Vabadussoja_Ajaloo_Komitee, lk 4
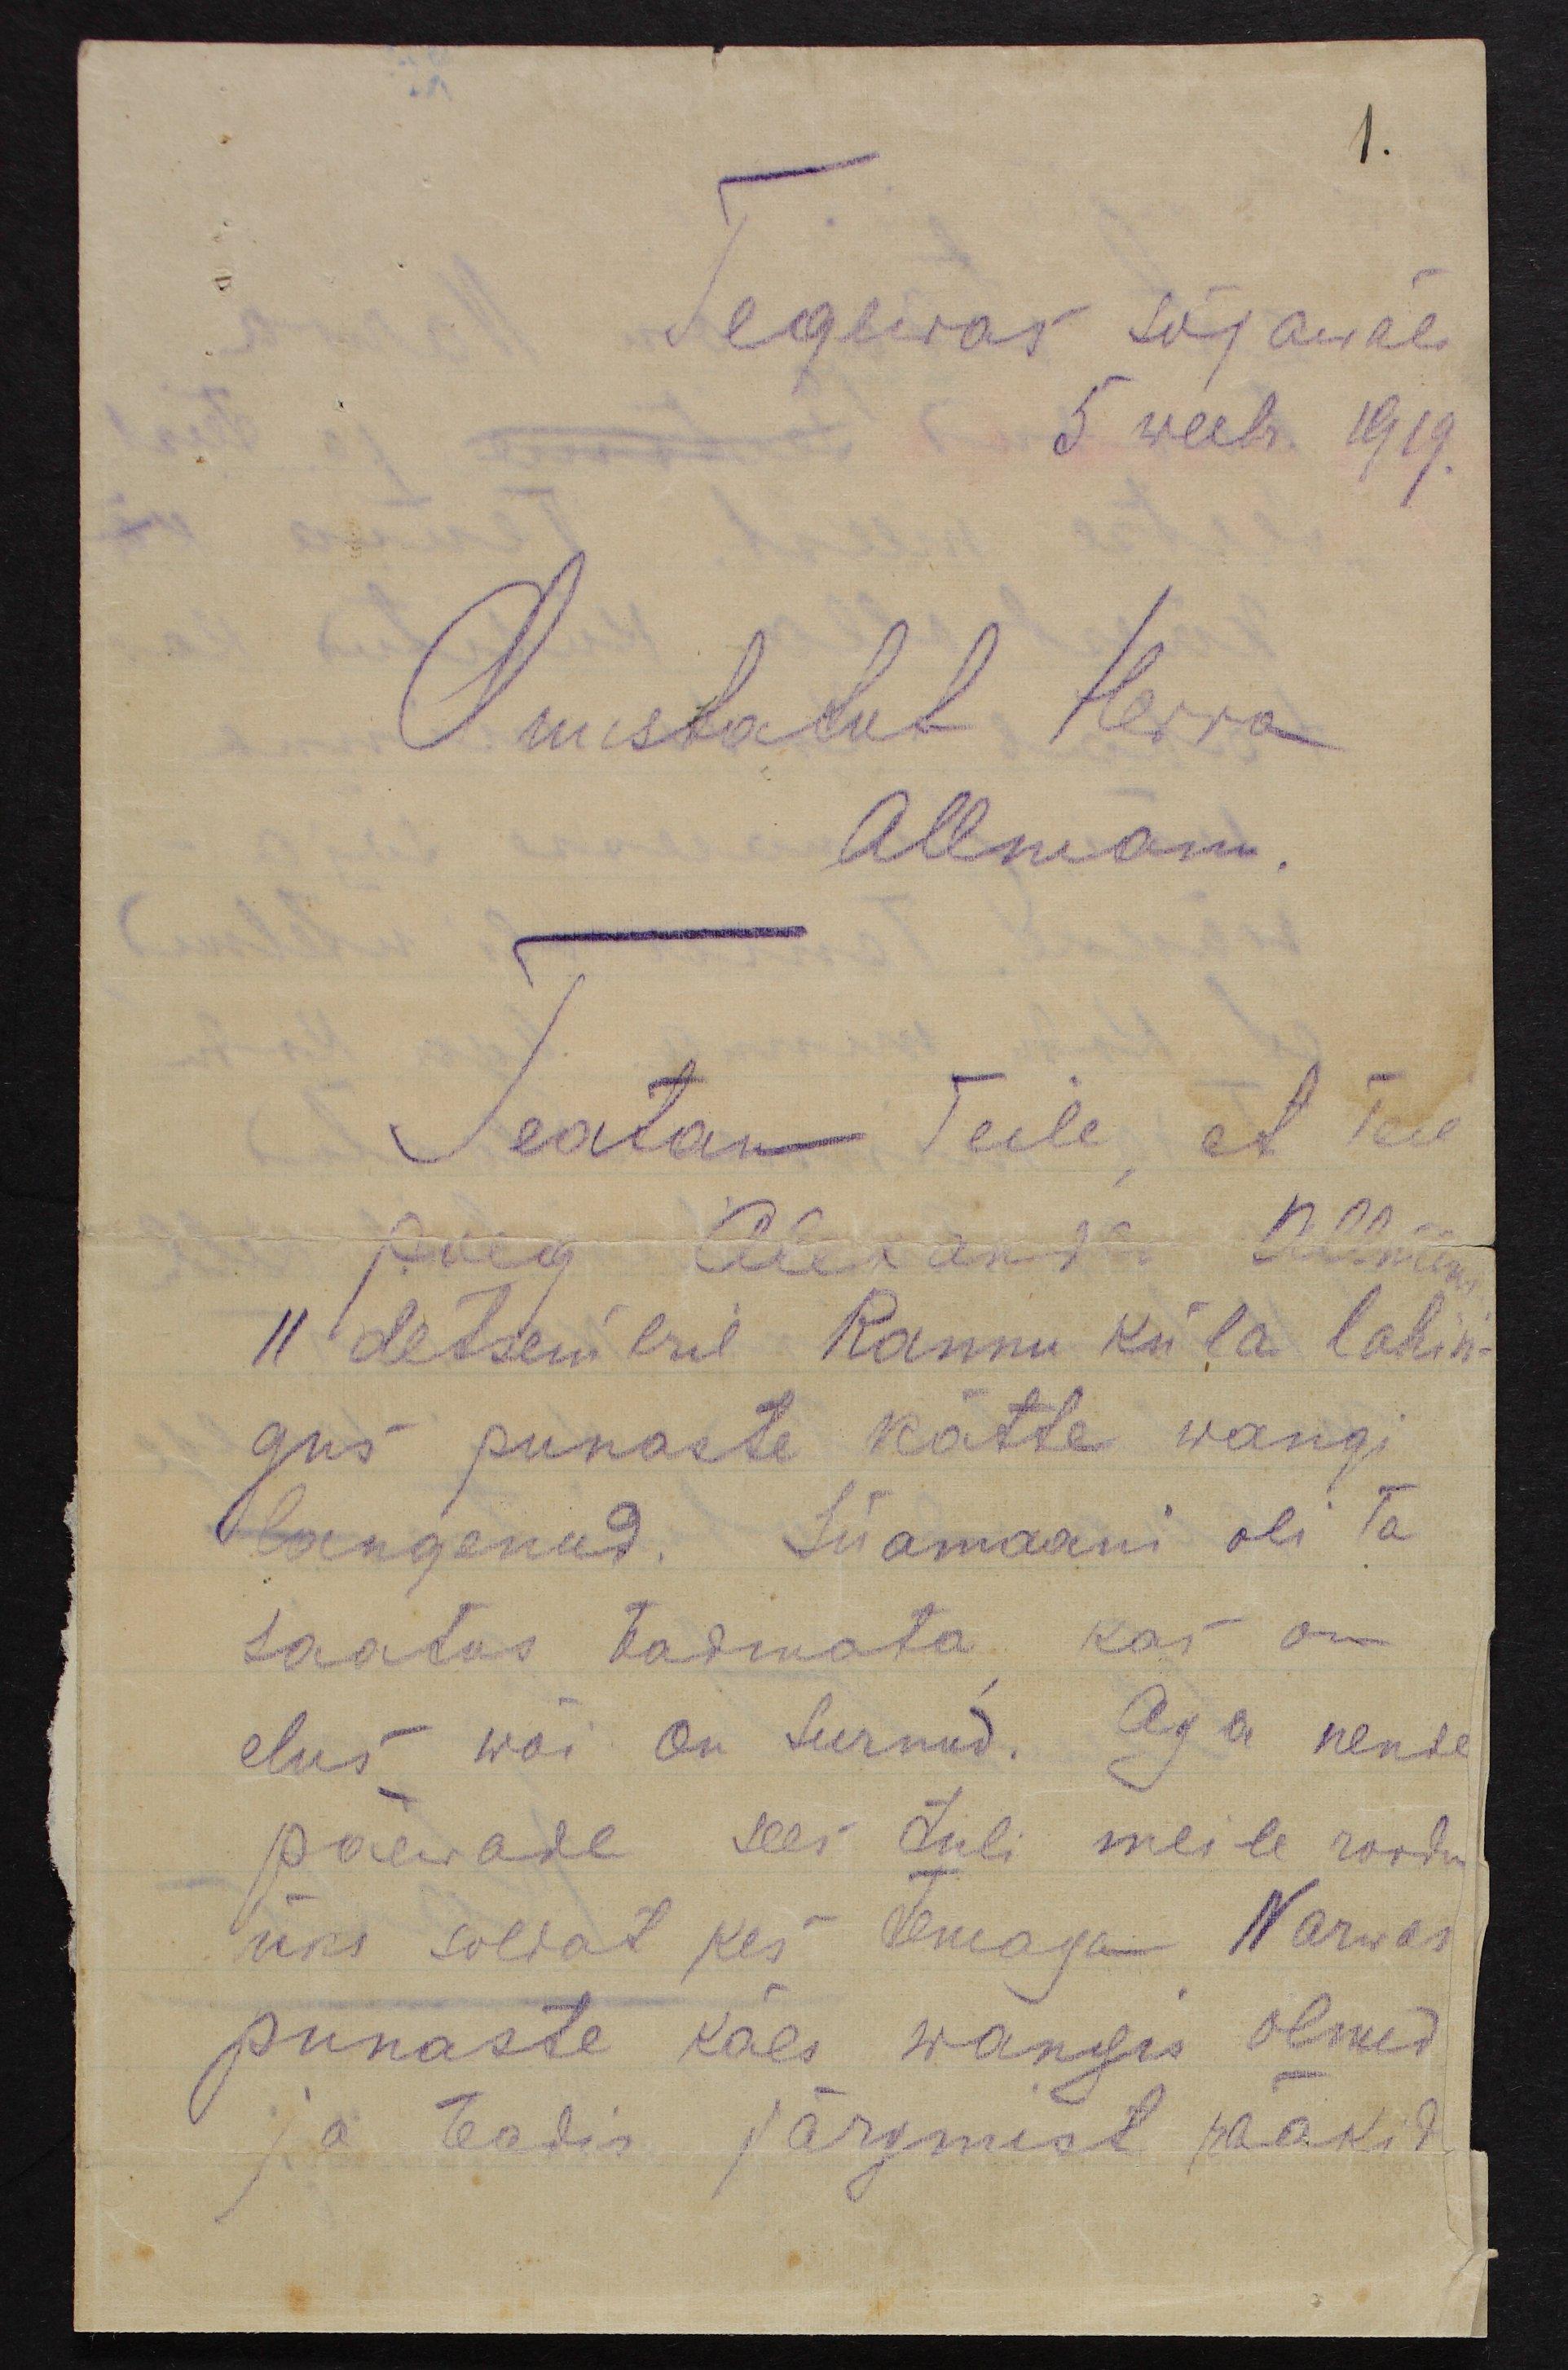
1.
Tegewas sõjawäes
5 weebr. 1919.
Auustatut Herra
Allmann.
Teatan Teile, et Teie
poeg Alexander Allmann
11 detsembril Rannu küla lahin-
gus punaste kätte wangi
langenud. Siiamaani oli ta
saatus teadmata kas on
elus wõi on surnud. Aga nende
päewade sees tuli meile roodu
üks soldat kes temaga Narwas
punaste käes wangis olnud
ja teadis järgmist rääkid